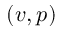
( v , p )